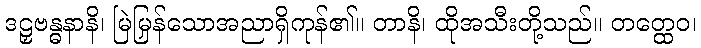
ဒဠှဗန္ဓနာနိ၊ မြဲမြန်သောအညှာရှိကုန်၏။ တာနိ၊ ထိုအသီးတို့သည်။ တတ္ထေဝ၊